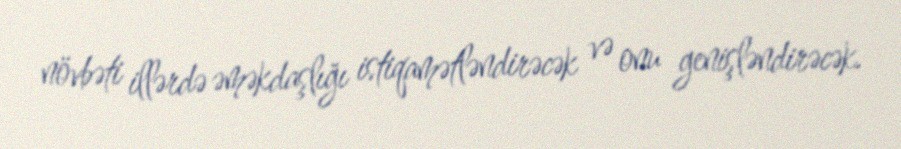
növbəti illərdə əməkdaşlığı istiqamətləndirəcək və onu genişləndirəcək.